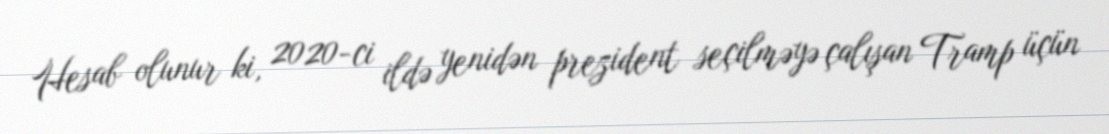
Hesab olunur ki, 2020-ci ildə yenidən prezident seçilməyə çalışan Tramp üçün